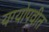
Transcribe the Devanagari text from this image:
यग्योपवीत